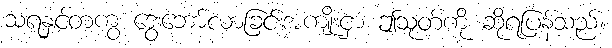
သရနှင့်တကွ ဒွေးဘော်လာခြင်းအကျိုးငှာ ဤသုတ်ကို ဆိုရပြန်သည်။